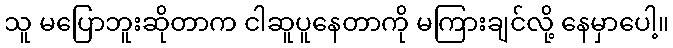
သူ မပြောဘူးဆိုတာက ငါဆူပူနေတာကို မကြားချင်လို့ နေမှာပေါ့။